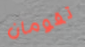
تقومان